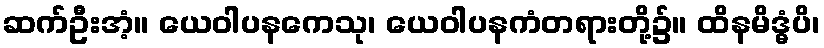
ဆက်ဦးအံ့။ ယေဝါပနကေသု၊ ယေဝါပနကံတရားတို့၌။ ထိနမိဒ္ဓံပိ၊